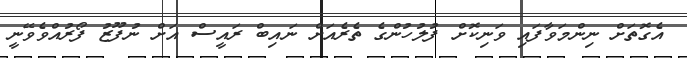
އެގޮތަށް ނިންމަވާފައި ވަނިކޮށް ފުލުހުންގެ ތެރެއަށް ނައިބް ރައީސް އަށް ނުފޫޒު ފޯރުއްވެވޭނީ